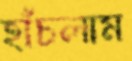
হাঁচলাম